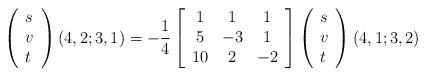
LaTeX: \begin{align*}\left(\begin{array}{l} s \\ v \\ t \end{array} \right)(4,2;3,1) = - \frac{1}{4}\left[ \begin{array}{ccc} 1 & 1 & 1 \\ 5 & -3 & 1 \\ 10 & 2 & -2\end{array} \right] \left(\begin{array}{l} s \\ v \\ t \end{array}\right)(4,1;3,2)\end{align*}